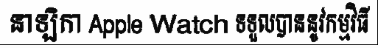
នាឡិកា Apple Watch ទទួលបាននូវកម្មវិធី